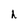
Character: h